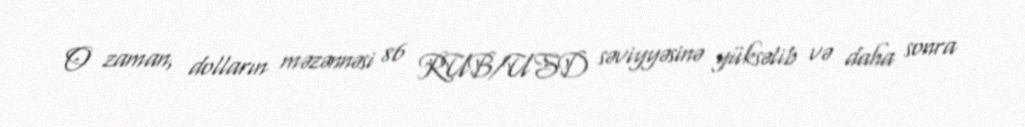
O zaman, dolların məzənnəsi 86 RUB/USD səviyyəsinə yüksəlib və daha sonra